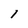
Character: 1